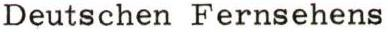
Deutschen Fernsehens